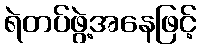
ရဲတပ်ဖွဲ့အနေဖြင့်